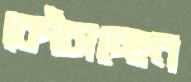
কোঁচাচ্ছেন